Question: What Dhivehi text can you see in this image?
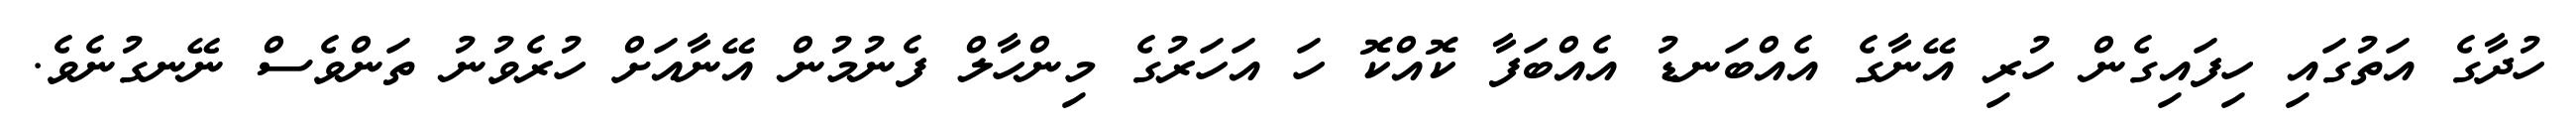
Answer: ހުދާގެ އަތުގައި ހިފައިގެން ހުރި އޭނާގެ އެއްބަނޑު އެއްބަފާ ކޮއްކޮ ހަ އަހަރުގެ މިންހާލް ފެނުމުން އޭނާއަށް ހުރެވުނު ތަންވެސް ނޭނގުނެވެ.